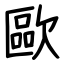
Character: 歐